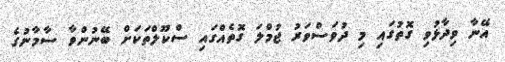
އޭނާ ވިދާޅުވި ގޮތުގައި މި ދުވަސްވަރު ޖުމްލަ ގޮތެއްގައި ސްކޫލްތަކަށް ބޭނުންވާ ސާމާނުގެ